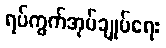
ရပ်ကွက်အုပ်ချုပ်ရေး